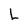
Character: L